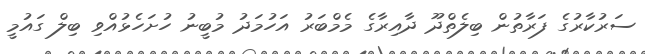
ސަރުކާރުގެ ފަރާތުން ބިލެތްދޫ ދާއިރާގެ މެމްބަރު އަހުމަދު މުބީނު ހުށަހެޅުއްވި ބިލް ގައުމީ